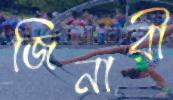
জিনারী